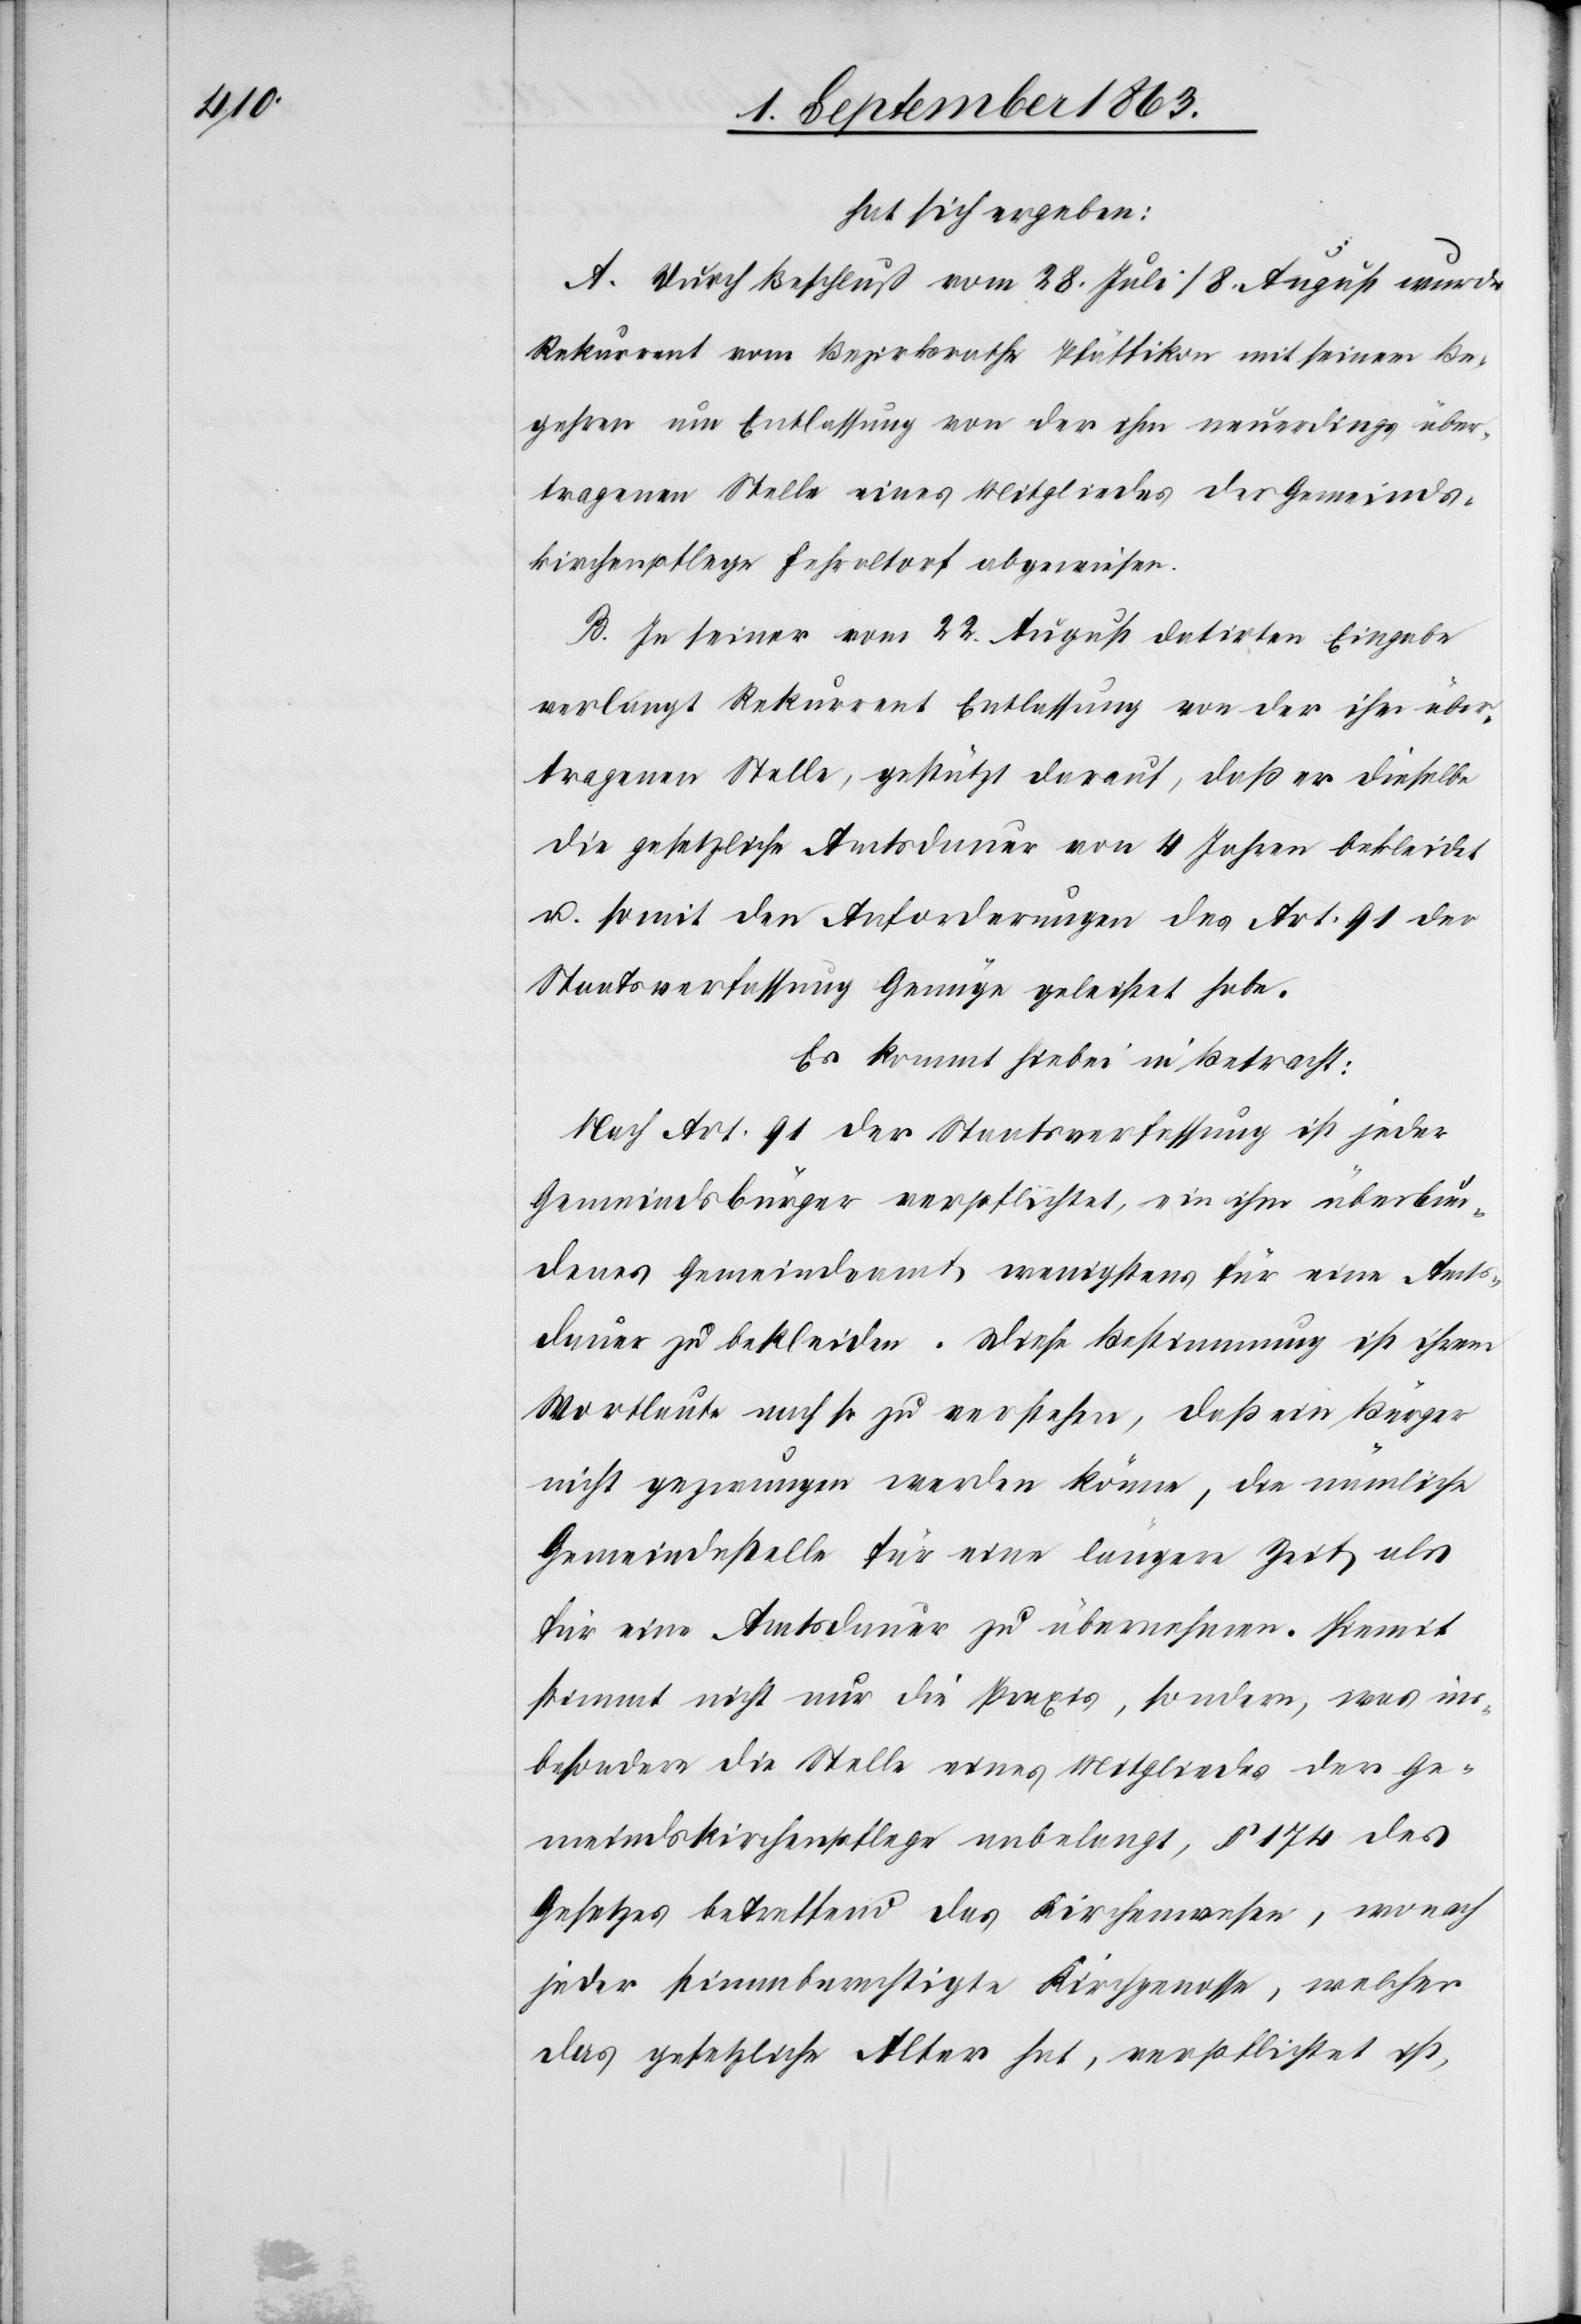
hat sich ergeben:
A. Durch Beschluß vom 28. Juli/8. August wurde
Rekurrent vom Bezirksrathe Pfäffikon mit seinem Be¬
gehren um Entlassung von der ihm neuerdings über¬
tragenen Stelle eines Mitgliedes der Gemeinds¬
kirchenpflege Fehraltorf abgewiesen.
B. In seiner vom 22. August datirten Eingabe
verlangt Rekurrent Entlassung von der ihm über¬
tragenen Stelle, gestützt darauf, daß er dieselbe
die gesetzliche Amtsdauer von 4 Jahren bekleidet
u. somit den Anforderungen des Art. 91 der
Staatsverfassung Genüge geleistet habe.
Es kommt hiebei in Betracht:
Nach Art. 91 der Staatsverfassung ist jeder
Gemeindsbürger verpflichtet, ein ihm überbun¬
denes Gemeindeamt wenigstens für eine Amts¬
dauer zu bekleiden. Diese Bestimmung ist ihrem
Wortlaute nach so zu verstehen, daß ein Bürger
nicht gezwungen werden könne, die nämliche
Gemeindestelle für eine längere Zeit als
für eine Amtsdauer zu übernehmen. Hiemit
stimmt nicht nur die Praxis, sondern was ins¬
besondere die Stelle eines Mitgliedes der Ge¬
meindskirchenpflege anbelangt, § 174 des
Gesetzes betreffend das Kirchenwesen, wonach
jeder stimmberechtigte Kirchgenosse, welcher
das gesetzliche Alter hat, verpflichtet ist,